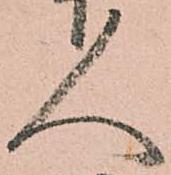
人